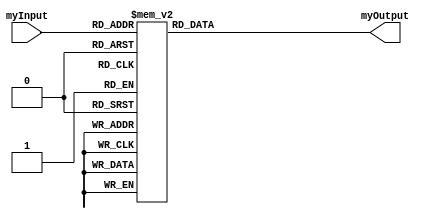
module bTo7seg_dec(myInput, myOutput);
	input[3:0] myInput;
	output reg[6:0] myOutput;  
	always @ (myInput)
	begin
	//using case instead of some if and its common cothod
	case (myInput)
	4'b0000: myOutput = 7'b0111111;
	4'b0001: myOutput = 7'b0000110;
	4'b0010: myOutput = 7'b1011011;
	4'b0011: myOutput = 7'b1001111;
	4'b0100: myOutput = 7'b1100110;
	4'b0101: myOutput = 7'b1101101;
	4'b0110: myOutput = 7'b1111101;
	4'b0111: myOutput = 7'b0000111;
	4'b1000: myOutput = 7'b1111111;
	4'b1001: myOutput = 7'b1101111;
	4'b1010: myOutput = 7'b1110111;
	4'b1011: myOutput = 7'b1111100;
	4'b1100: myOutput = 7'b0111001;
	4'b1101: myOutput = 7'b1011110;
	4'b1110: myOutput = 7'b1111001;
	4'b1111: myOutput = 7'b1110001;
	//default case for none
	default: myOutput = 7'b0000000;
	endcase
	end
 endmodule